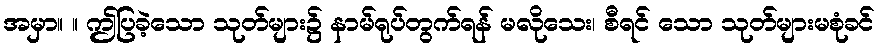
အမှာ။ ။ ဤပြခဲ့သော သုတ်များ၌ နာမ်ရုပ်တွက်ရန် မလိုသေး၊ စီရင် သော သုတ်များမစုံခင်